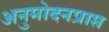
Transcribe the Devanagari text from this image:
अनुमोदनप्राप्त